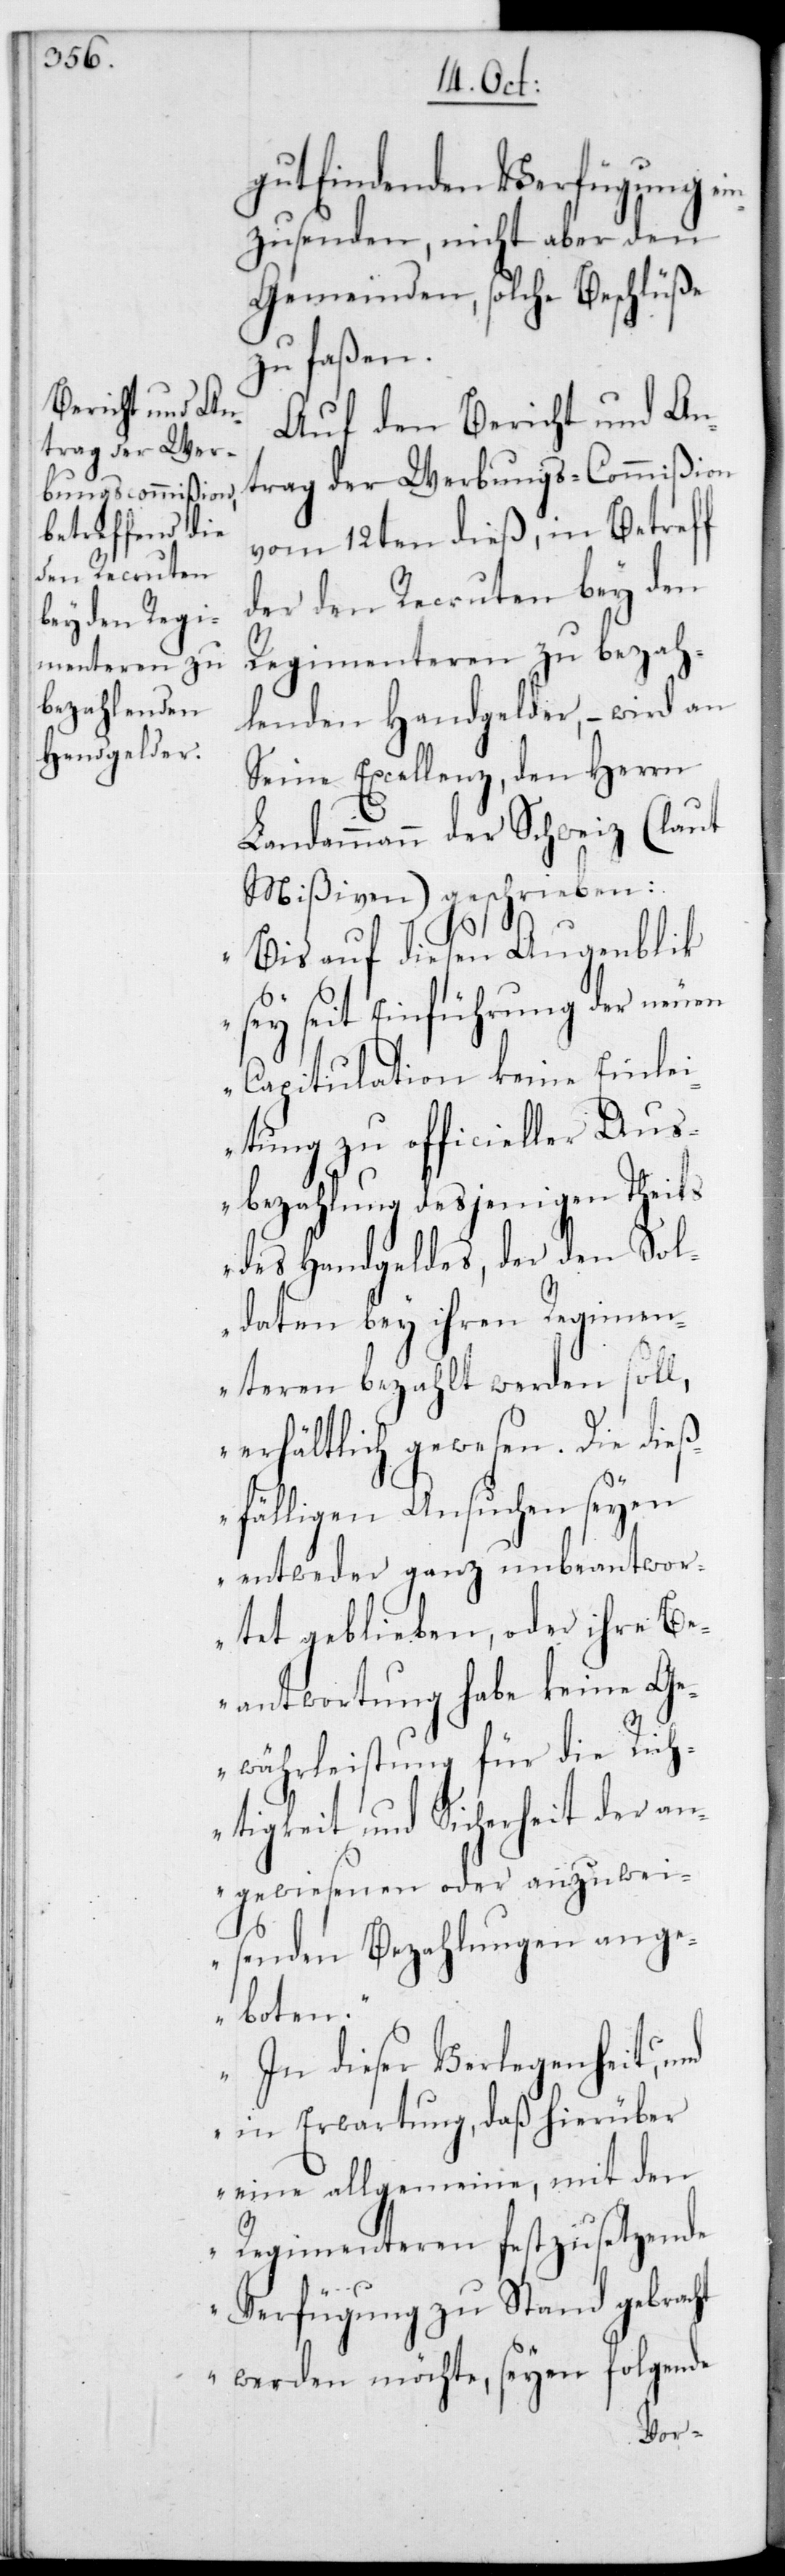
gut findenden Verfügung ei¬
nzusenden, nicht aber den
Gemeinden, solche Beschlüße
zu faßen.
Auf den Bericht und An¬
trag der Werbungs-Commißion
vom 12ten dieß, in Betreff
der den Recruten bey den
Regimenteren zu bezah¬
lenden Handgelder, – wird an
Seine Excellenz,den Herrn
Landammann der Schweiz (laut
Mißiven) geschrieben:
„Bis auf diesen Augenblik
sey seit Einführung der neuen
Capitulation keine Einlei¬
tung zu officieller Aus¬
bezahlung desjenigen Theils
des Handgeldes, der den Sol¬
daten bey ihren Regimen¬
teren bezahlt werden soll,
erhältlich gewesen. Die dieß¬
fälligen Ansuchen seyen
entweder ganz unbeantwor¬
tet geblieben, oder ihre Be¬
antwortung habe keine Ge¬
währleistung für die Rich¬
tigkeit und Sicherheit der an¬
gewiesenen oder anzuwei¬
senden Bezahlungen ange¬
boten.
In dieser Verlegenheit und
in Erwartung, daß hierüber
eine allgemeine, mit den
Regimenteren festzusezende
Verfügung zustand gebracht
werden möchte, seyen folgende